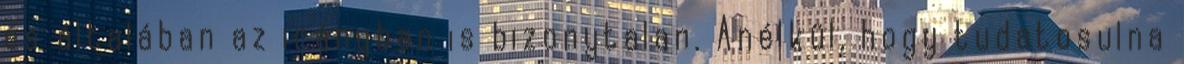
és általában az irányban is bizonytalan. Anélkül, hogy tudatosulna